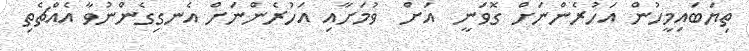
ތިޔަބައިމީހުން އަހުރެންނަށް ގޮވަނީ  އަށް  ވުމަށާއި އަހުރެންނަށް އެނގިގެންނުވާ އެއްޗެތި